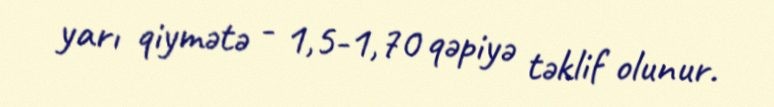
yarı qiymətə - 1,5-1,70 qəpiyə təklif olunur.